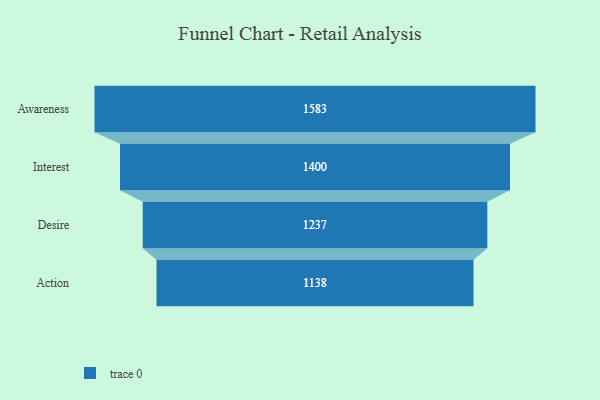
{"axis": {"x": "Stage", "y": "Value"}, "legend": [""], "data": [{"x": "Awareness", "y": 1583.0, "type": ""}, {"x": "Interest", "y": 1400.0, "type": ""}, {"x": "Desire", "y": 1237.0, "type": ""}, {"x": "Action", "y": 1138.0, "type": ""}]}